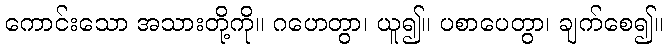
ကောင်းသော အသားတို့ကို။ ဂဟေတွာ၊ ယူ၍။ ပစာပေတွာ၊ ချက်စေ၍။